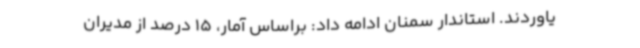
یاوردند. استاندار سمنان ادامه داد: براساس آمار، 15 درصد از مدیران